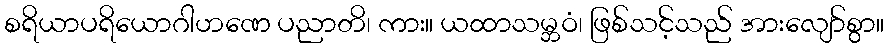
စရိယာပရိယောဂါဟဏေ ပညာတိ၊ ကား။ ယထာသမ္ဘဝံ၊ ဖြစ်သင့်သည် အားလျော်စွာ။